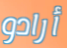
أرادو